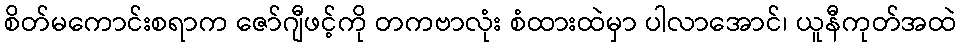
စိတ်မကောင်းစရာက ဇော်ဂျီဖင့်ကို တကဗာလုံး စံထားထဲမှာ ပါလာအောင်၊ ယူနီကုတ်အထဲ